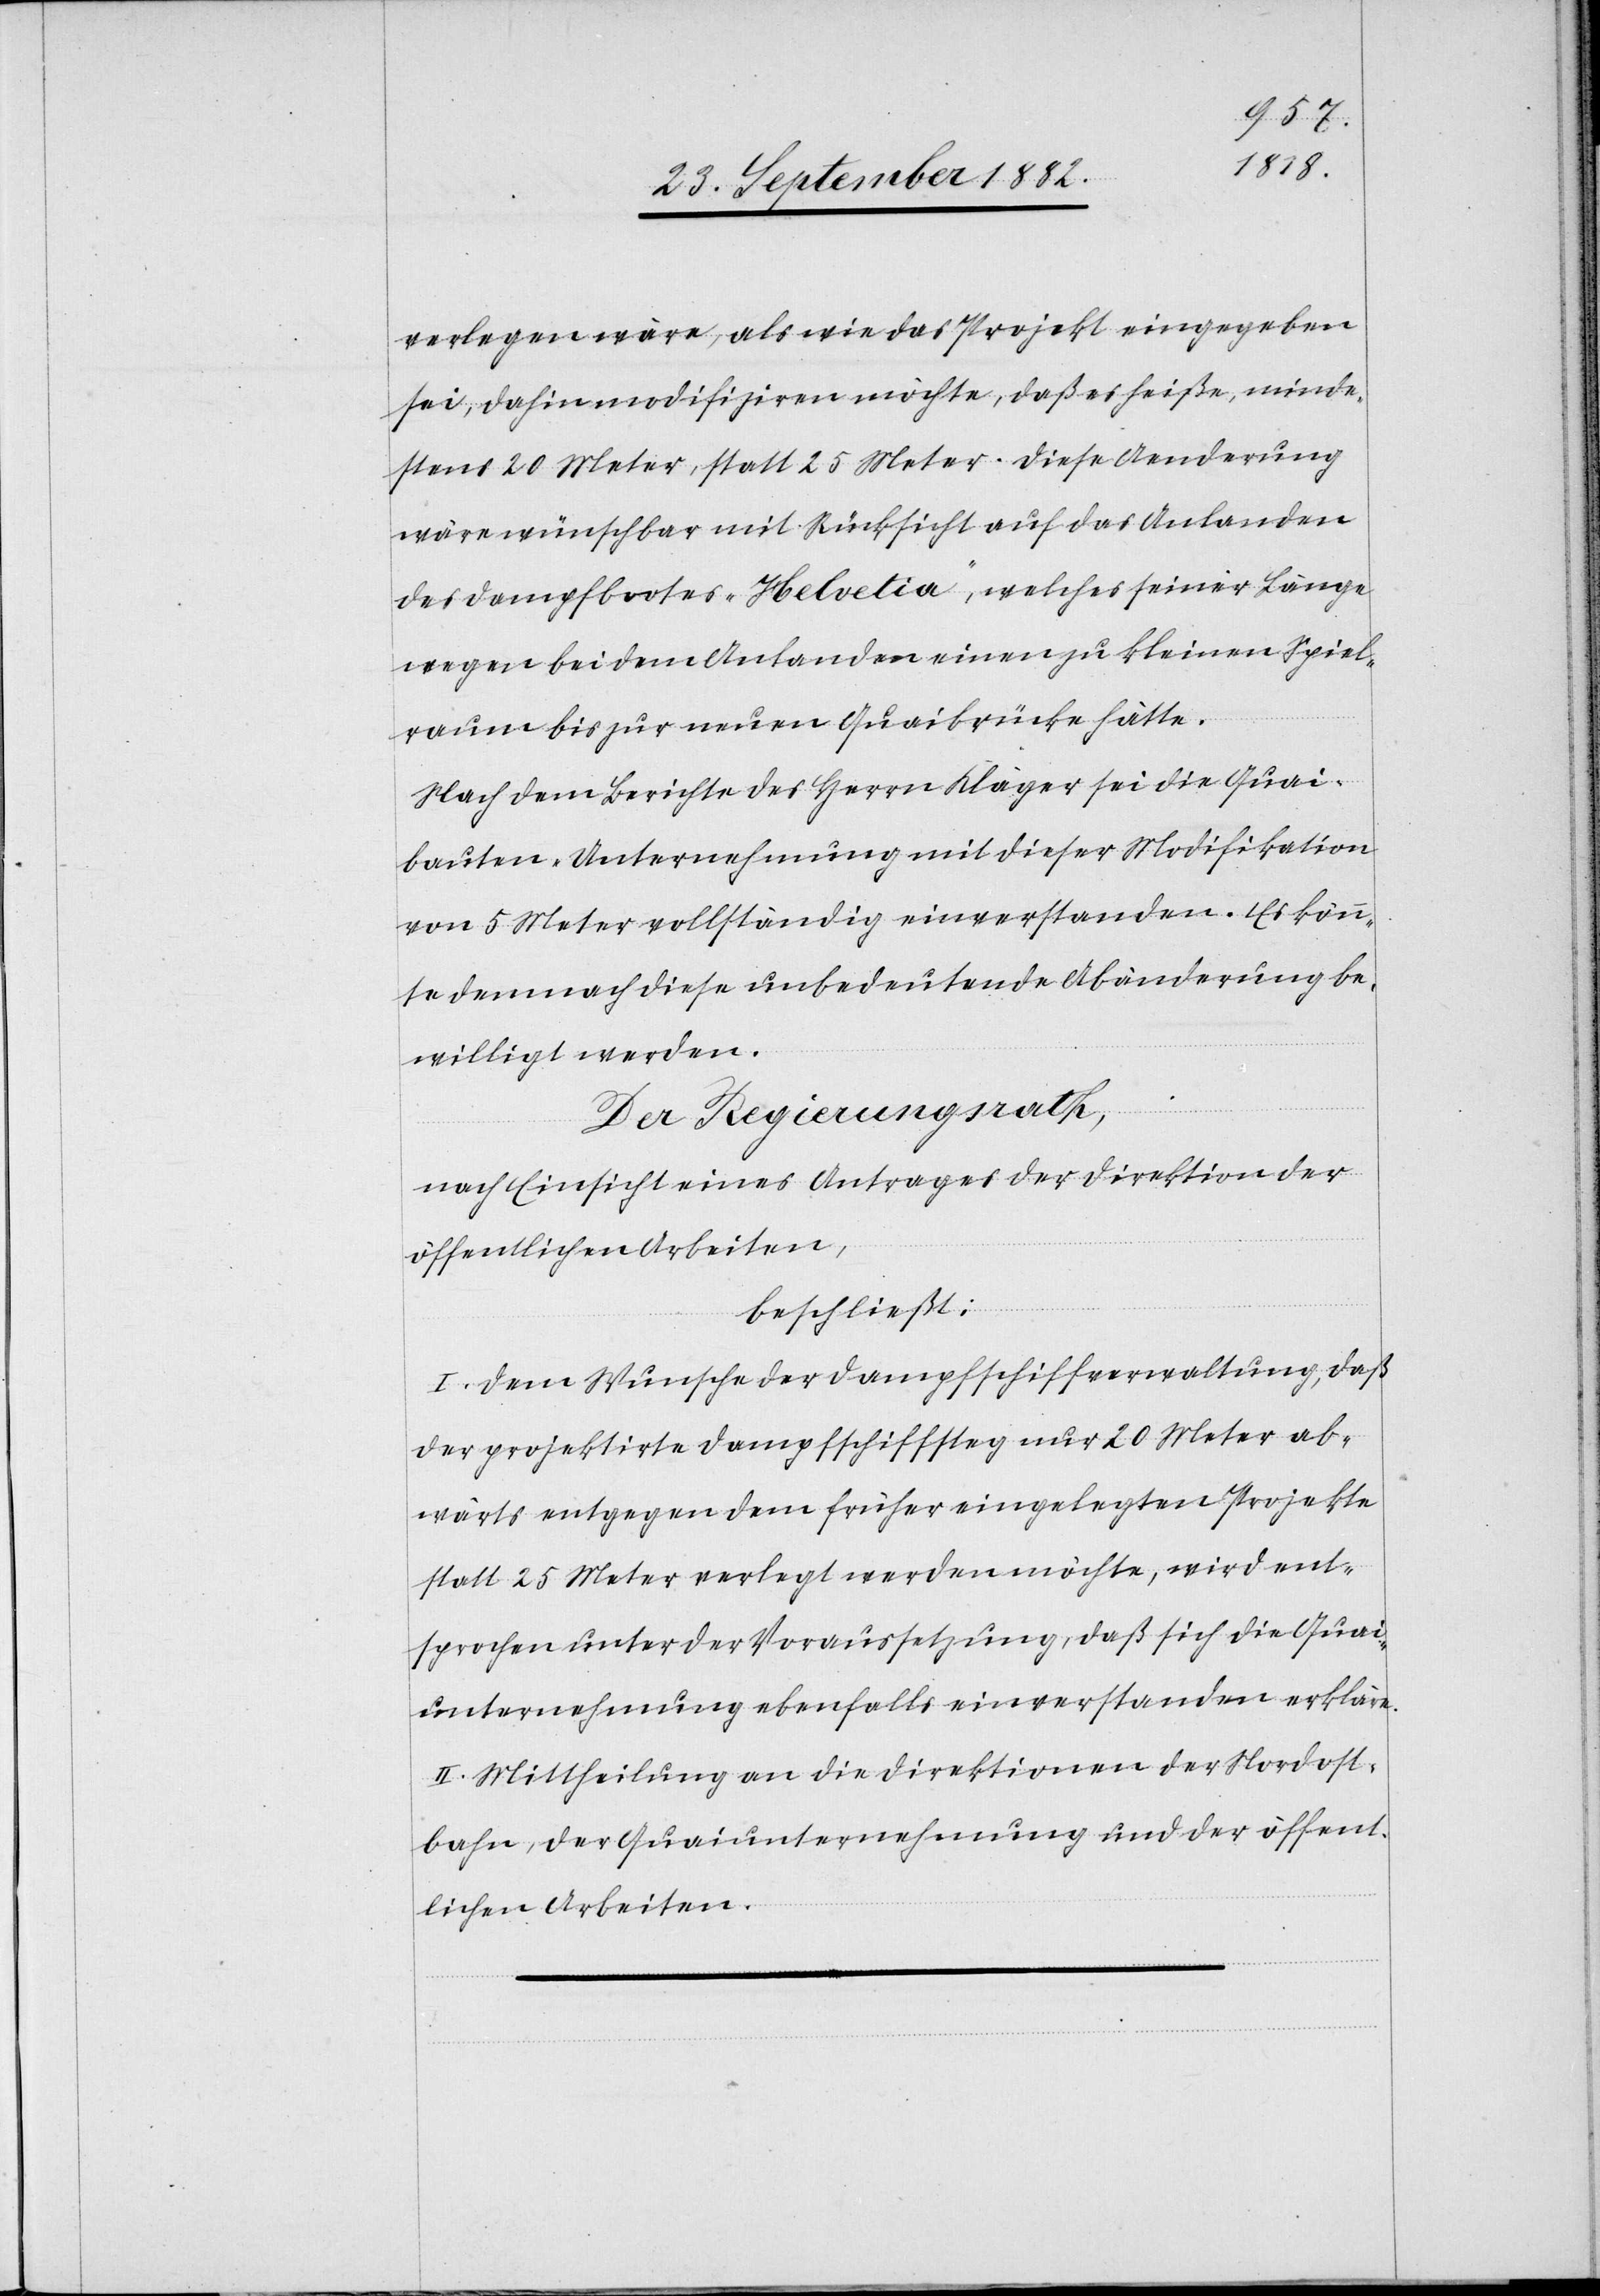
verlegen wäre, als wie das Projekt eingegeben
sei, dahin modifiziren möchte, daß es heiße, minde¬
stens 20 Meter, statt 25 Meter. Diese Aenderung
wäre wünschbar mit Rücksicht auf das Anlanden
des Dampfbootes „Helvetia“, welche seiner Länge
wegen bei dem Anlanden einen zu kleinen Spiel¬
raum bis zur neuen Quaibrücke hätte.
Nach dem Berichte des Herrn Kläger sei die Quai¬
bauten-Unternehmung mit dieser Modifikation
von 5 Metern vollständig einverstanden. Es kön¬
ne demnach diese unbedeutende Abänderung be¬
willigt werden.
Der Regierungsrath,
nach Einsicht eines Antrages der Direktion der
öffentlichen Arbeiten,
beschließt:
I. Dem Wunsche der Dampfschiffverwaltung, daß
der projektirte Dampfschiffsteg nur 20 Meter ab¬
wärts entgegen dem früher eingelegten Projekte
statt 25 Meter verlegt werden möchte, wird ent¬
sprochen unter der Voraussetzung, daß sich die Quai¬
unternehmung ebenfalls einverstanden erkläre.
II. Mittheilung an die Direktionen der Nordost¬
bahn, der Quaiunternehmung und der öffent¬
lichen Arbeiten.